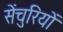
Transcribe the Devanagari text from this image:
सेंचुरियों